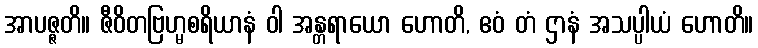
အာပဇ္ဇတိ။ ဇီဝိတဗြဟ္မစရိယာနံ ဝါ အန္တရာယော ဟောတိ, ဧဝံ တံ ဌာနံ အသပ္ပါယံ ဟောတိ။